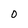
Character: o